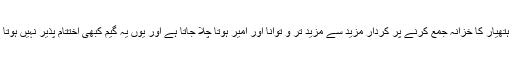
گیم کی منزلیں اور کامیابیاں لامحدود ہیں اور ہر منزل پر طاقت اور ہتھیار کا خزانہ جمع کرنے پر کردار مزید سے مزید تر و توانا اور امیر ہوتا چلا جاتا ہے اور یوں یہ گیم کبھی اختتام پذیر نہیں ہوتا ہے یہی وجہ ہے کہ کھلاڑی کی گیم میں دلچسچی برقرار رہتی ہے۔